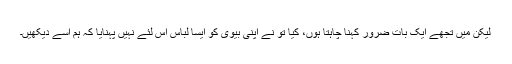
لیکن میں تجھے ایک بات ضرور کہنا چاہتا ہوں، کیا تو نے اپنی بیوی کو ایسا لباس اس لئے نہیں پہنایا کہ ہم اسے دیکھیں۔